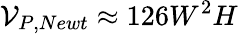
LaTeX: \mathcal{V}_{P,Newt}\approx 126W^{2}H